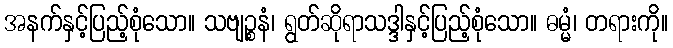
အနက်နှင့်ပြည့်စုံသော။ သဗျဉ္စနံ၊ ရွတ်ဆိုရာသဒ္ဒါနှင့်ပြည့်စုံသော။ ဓမ္မံ၊ တရားကို။